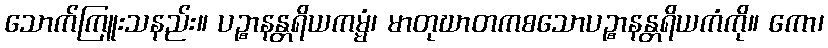
သောက်ကြူးသနည်း။ ပဉ္စာနန္တရိယကမ္မံ၊ မာတုဃာတကစသောပဉ္စာနန္တရိယကံကို။ ကော၊